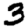
Digit: 3